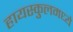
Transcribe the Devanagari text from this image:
हायस्कुलमध्ये